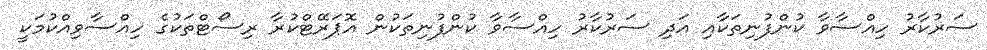
ސަރުކާރު ހިއްސާވާ ކުންފުނިތަކާއި އަދި ސަރުކާރު ހިއްސާވާ ކުންފުނިތަކުން އޮޕަރޭޓްކުރާ ރިސޯޓްތަކުގެ ހިއްސާވިއްކުމަކީ